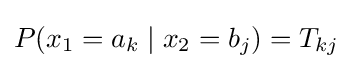
P(x_{1}=a_{k}\mid x_{2}=b_{j})=T_{kj}